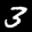
Label: 3